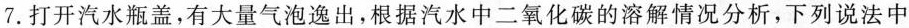
7.打开汽水瓶盖，有大量气泡逸出，根据汽水中二氧化碳的溶解情况分析，下列说法中